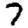
Digit: 7